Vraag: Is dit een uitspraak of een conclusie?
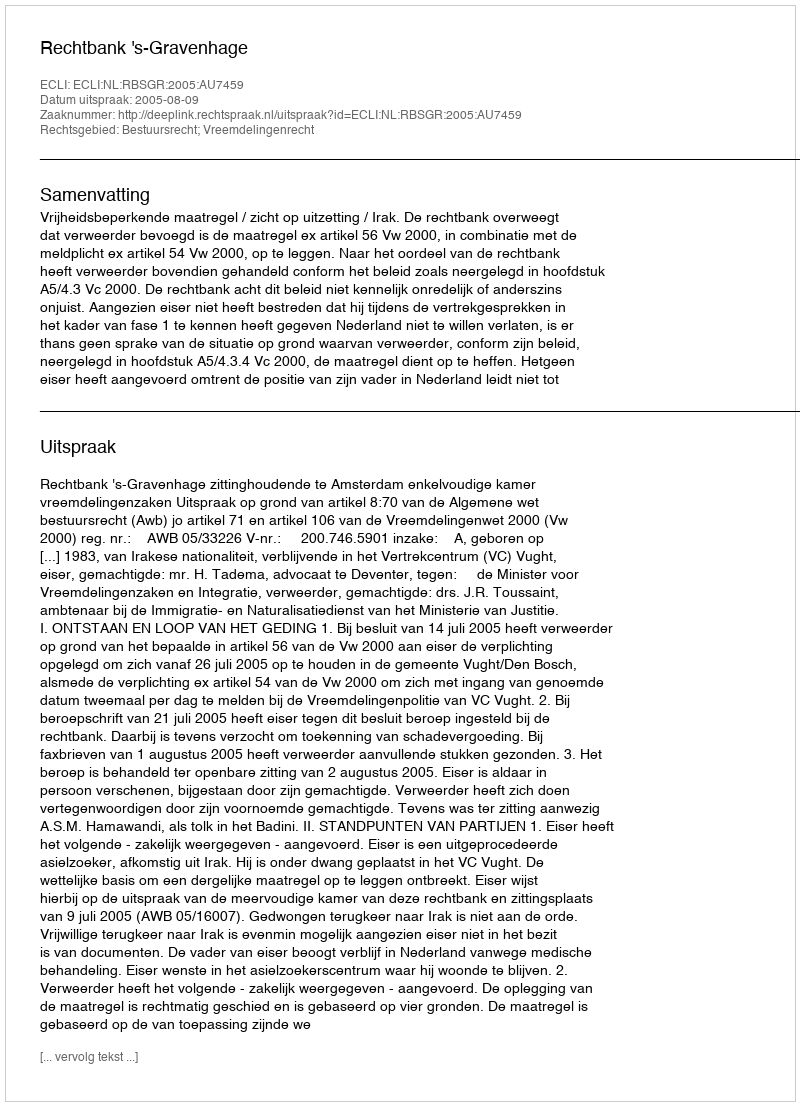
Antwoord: Uitspraak